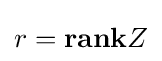
r=\mathbf {rank} Z